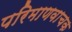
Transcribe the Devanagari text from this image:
परिमाणवाचक